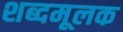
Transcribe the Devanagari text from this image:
शब्दमूलक